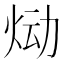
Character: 𰞉